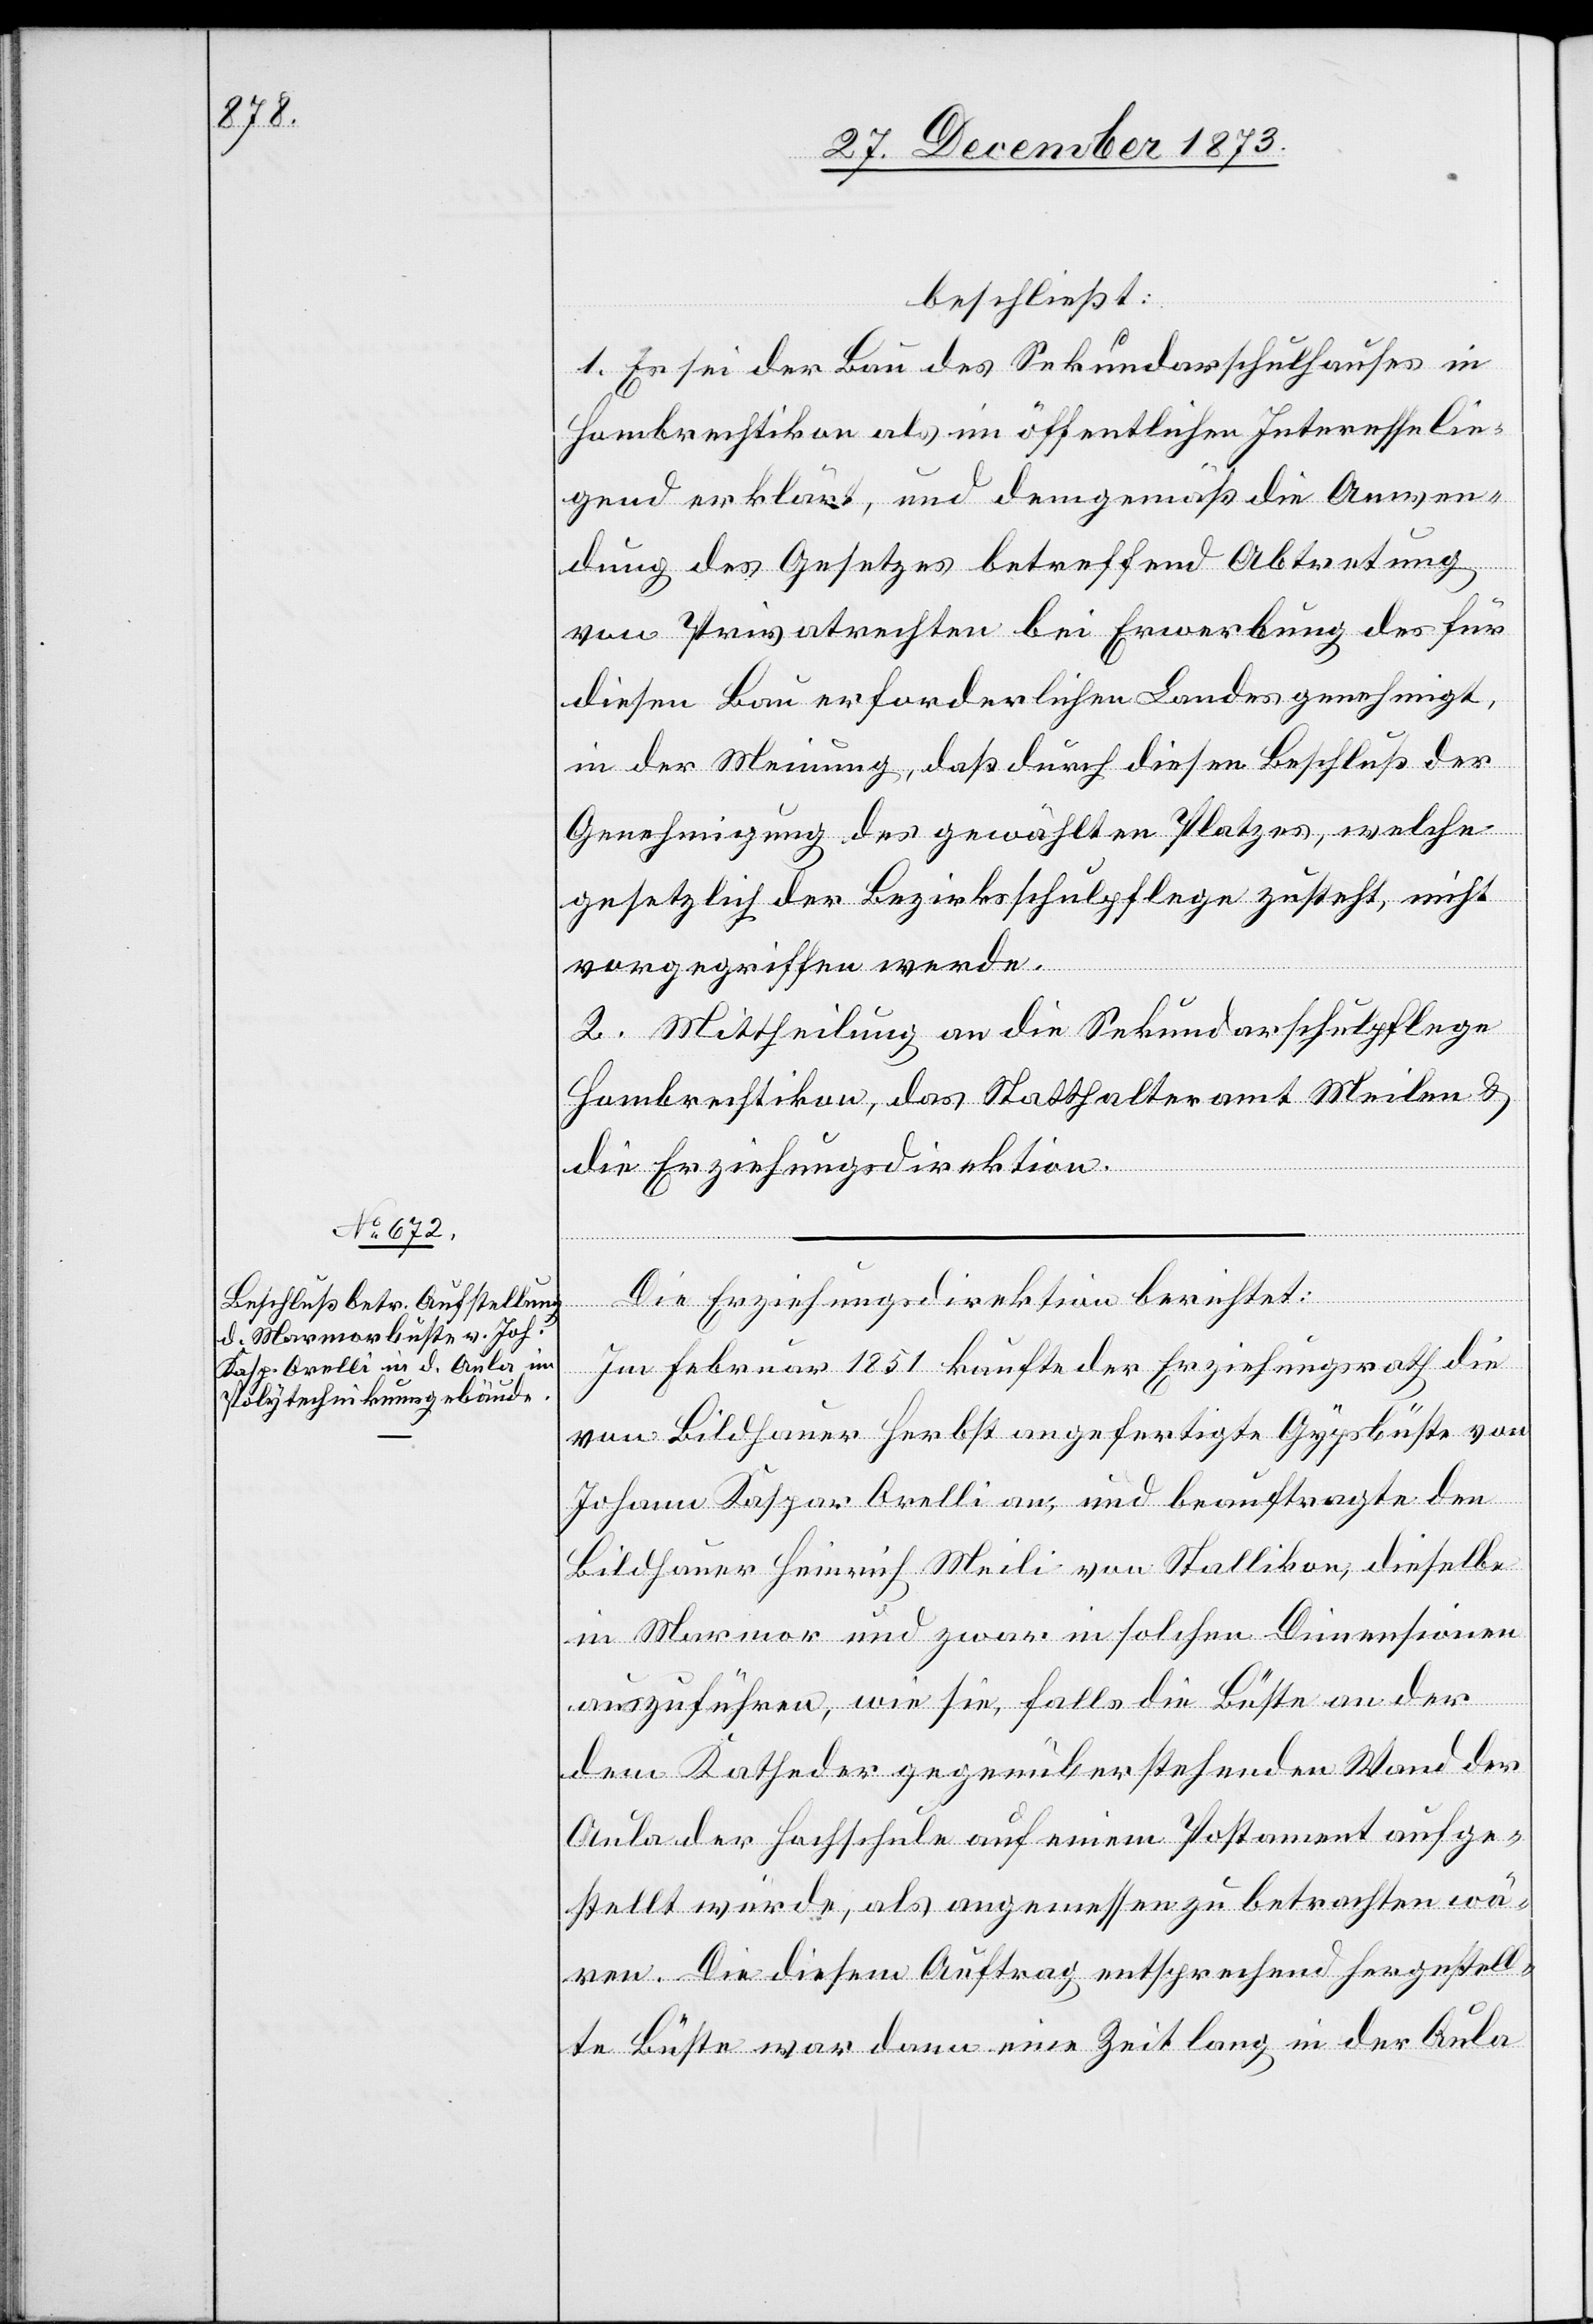
beschließt:
1. Es sei der Bau des Sekundarschulhauses in
Hombrechtikon als im öffentlichen Interesse lie¬
gend erklärt, und demgemäß die Anwen¬
dung des Gesetzes betreffend Abtretung
von Privatrechten bei Erwerbung des für
diesen Bau erforderlichen Landes genehmigt,
in der Meinung, daß durch diesen Beschluß der
Genehmigung des gewählten Platzes, welche
gesetzlich der Bezirksschulpflege zusteht, nicht
vorgegriffen werde.
2. Mittheilung an die Sekundarschulpflege
Hombrechtikon, das Statthalteramt Meilen &
die Erziehungsdirektion.
Die Erziehungsdirektion berichtet:
Im Februar 1851 kaufte der Erziehungsrath die
von Bildhauer Herbst angefertigte Gypsbüste von
Johann Kaspar Orelli an, und beauftragte den
Bildhauer Heinrich Meili von Stallikon, dieselbe
in Marmor und zwar in solchen Dimensionen
auszuführen, wie sie, falls die Büste an der
dem Rathe der gegenüberstehenden Wand der
Aula der Hochschule auf einem Postament aufge¬
stellt würde, als angemessen zu betrachten wä¬
ren. Die diesem Auftrag entsprechend hergestell¬
te Büste war dann eine Zeit lang in der Aula